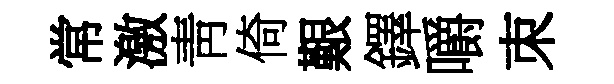
常激靑倚艱鐸嚼朿